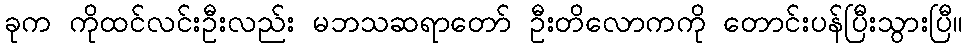
ခုက ကိုထင်လင်းဦးလည်း မဘသဆရာတော် ဦးတိလောကကို တောင်းပန်ပြီးသွားပြီ။